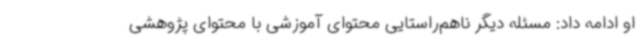
او ادامه داد: مسئله دیگر ناهم‌راستایی محتوای آموزشی با محتوای پژوهشی